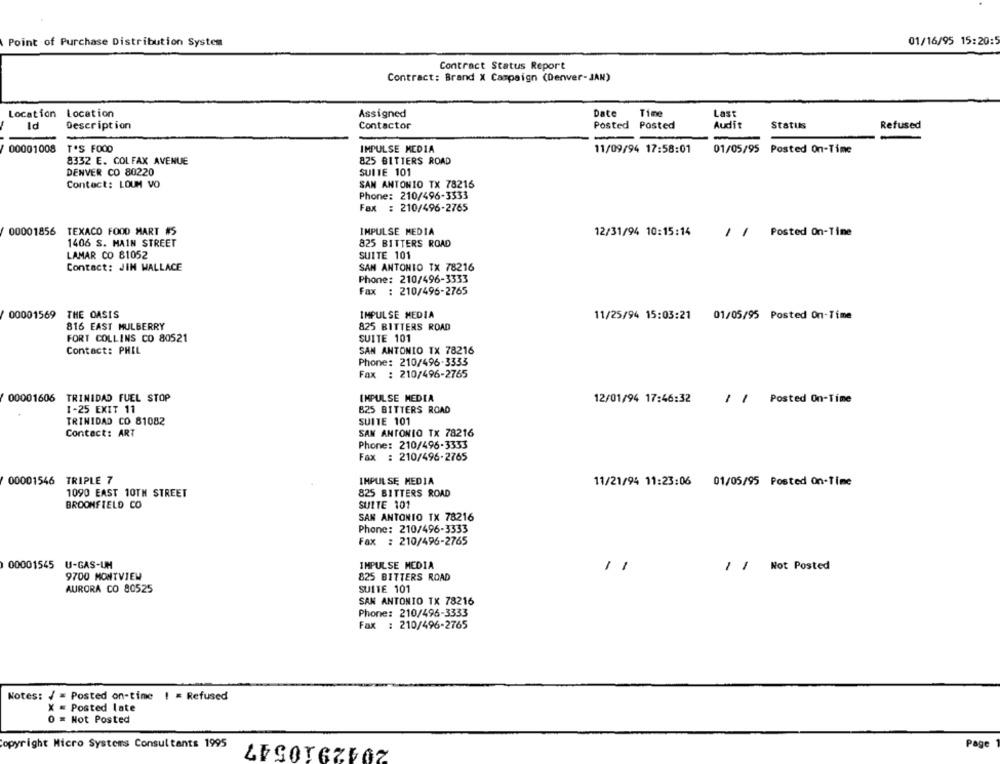
Point of Purchase Distribution System
01/16/95 15:20:5
Contract Status Report
Contract: Brand X Campaign (Denver- JAN)
Location Location
Assigned
Date
Time
Last
Posted
Id
Description
Contactor
Posted
Audit
Status
Refused
00001008
T'S FOOD
IMPULSE MEDIA
11/09/94 17:58:01
01/05/95 Posted On-Time
8332 E. COLFAX AVENUE
825 BITTERS ROAD
DENVER CO 80220
SUITE 101
Contact: LOUM VO
SAN ANTONIO TX 78216
Phone: 210/496-3333
Fax : 210/496-2765
00001856 TEXACO FOOD MART #5
IMPULSE MEDIA
12/31/94 10:15:14
11
Posted On-Time
1406 S. MAIN STREET
825 BITTERS ROAD
LAMAR CO 81052
SUITE 101
Contact: JIH WALLACE
SAN ANTONIO TX 78216
Phone: 210/496-3333
Fax : 210/496-2765
00001569 THE OASIS
IMPULSE MEDIA
11/25/94 15:03:21
01/05/95 Posted On-Time
816 EAST MULBERRY
825 BITTERS ROAD
FORT COLLINS CO 80521
SUITE 101
Contact: PHIL
SAN ANTONIO TX 78216
Phone: 210/496-3333
Fax : 210/496-2765
00001606 TRINIDAD FUEL STOP
IMPULSE MEDIA
12/01/94 17:46:32
/ / Posted On-Time
1-25 EXIT 11
B25 BITTERS ROAD
TRINIDAD CO 81082
SUITE 101
Contact: ART
SAN ANTONIO TX 78216
Phone: 210/496-3333
Fax : 210/496-2765
00001546 TRIPLE 7
IMPULSE MEDIA
11/21/94 11:23:06 01/05/95 Posted On-Time
1090 EAST 10TH STREET
825 BITTERS ROAD
BROOMFIELD CO
SUITE 101
SAN ANTONIO TX 78216
Phone: 210/496-3333
Fax : 210/496-2765
00001545 U-GAS-UM
IMPULSE MEDIA
/ / Not Posted
9700 MONTVIEW
825 BITTERS ROAD
AURORA CO 80525
SUITE 101
SAN ANTONIO TX 78216
Phone: 210/496-3333
Fax : 210/496-2765
Notes: / = Posted on-time ! = Refused
X = Posted late
0 = Not Posted
2042910547
opyright Micro Systems Consultants 1995
Page